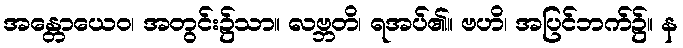
အန္တောယေဝ၊ အတွင်း၌သာ။ လဗ္ဘတိ၊ ရအပ်၏။ ဗဟိ၊ အပြင်ဘက်၌။ န